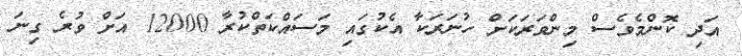
އަދި ކޮންމެވެސް މިންވަރަކަށް ހުނަރަކާ އެކުގައި މަސައްކަތްކުރާ 12000 އަށް ވުރެ ގިނަ